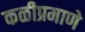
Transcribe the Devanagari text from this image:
कळीप्रमाणे